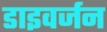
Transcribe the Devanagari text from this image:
डाइवर्जन